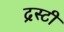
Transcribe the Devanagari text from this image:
द्रस्टी